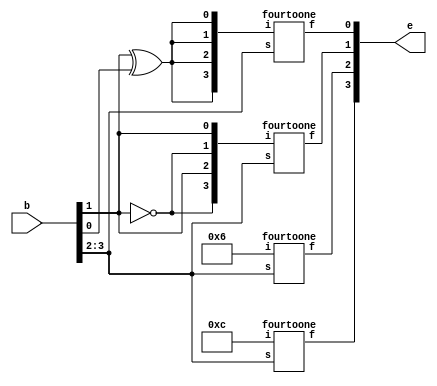
module q(b,e);
input [3:0]b;
output [3:0]e;
wire c;
assign c = b[1]^b[0];
fourtoone stage0({1'b1,1'b1,1'b0,1'b0},b[3:2],e[3]);
fourtoone stage1({1'b0,1'b1,1'b1,1'b0},b[3:2],e[2]);
fourtoone stage2({~b[1],b[1],~b[1],b[1]},b[3:2],e[1]);
fourtoone stage3({c,c,c,c},b[3:2],e[0]);

endmodule
module fourtoone(i,s,f);
input [3:0]i;
input [1:0]s;
output f;
reg f;
always @(i,s)
begin
	case(s)
	0:f=i[0];
	1:f=i[1];
	2:f=i[2];
	3:f=i[3];
	endcase
end
endmodule